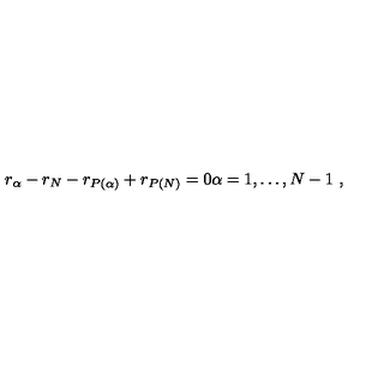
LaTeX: r _ { \alpha } - r _ { N } - r _ { P ( \alpha ) } + r _ { P ( N ) } = 0 \alpha = 1 , \dots , N - 1 \ ,